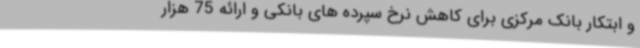
و ابتکار بانک مرکزی برای کاهش نرخ سپرده های بانکی و ارائه 75 هزار